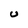
Character: U